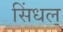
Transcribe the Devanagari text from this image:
सिंधल्